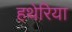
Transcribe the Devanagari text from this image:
हथेरिया